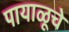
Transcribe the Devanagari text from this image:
पायाळूचे